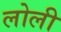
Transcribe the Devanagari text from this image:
लोली